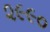
૨૯૯૦